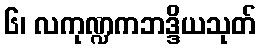
၆၊ လကုဏ္ဍကဘဒ္ဒိယသုတ်